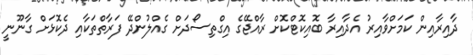
ދާއިރާއިން ކަމަށްވާއިރު އެދާއިރާ ބޮއިކޮޓްކޮށް ރާއްޖޭގެ އިގްތިސޯދަށް ގެއްލުންދޭ ފަރާތްތަކާއި ދެކޮޅަށް ގާނޫނީ